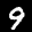
Label: 9